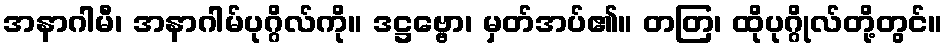
အနာဂါမီ၊ အနာဂါမ်ပုဂ္ဂိလ်ကို။ ဒဋ္ဌဗ္ဗော၊ မှတ်အပ်၏။ တတြ၊ ထိုပုဂ္ဂိုလ်တို့တွင်။